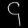
Digit: ၄